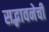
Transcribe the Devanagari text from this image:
सद्भावनेची